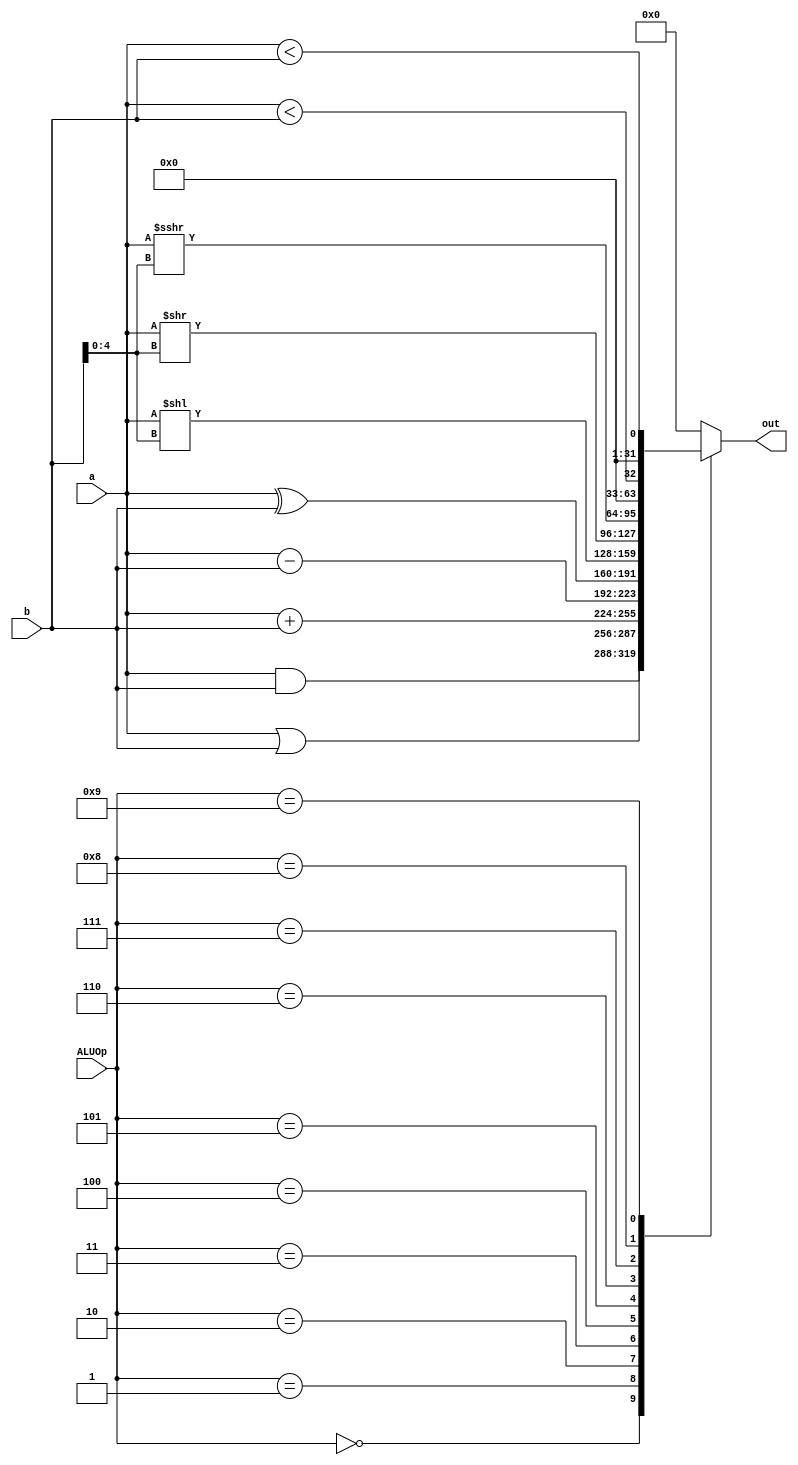
module alu
	
	#(parameter WIDTH = 32)
	
	(
		input				[WIDTH-1:0]		a,
		input				[WIDTH-1:0]		b,
		input				[3:0]				ALUOp,
		output	reg	[WIDTH-1:0]		out
	);
	
	always @(*)
		case (ALUOp)
			0: out = a&b;
			1: out = a|b;
			2: out = a + b;
			3: out = a - b;
			4: out = a^b;
			5: out = a<<(b[4:0]);
			6: out = a>>(b[4:0]);
			7: out = a>>>(b[4:0]);
			8:	out = ($signed(a) < $signed(b));
			9: out = (a < b);
			default: out = 0;
		endcase

endmodule